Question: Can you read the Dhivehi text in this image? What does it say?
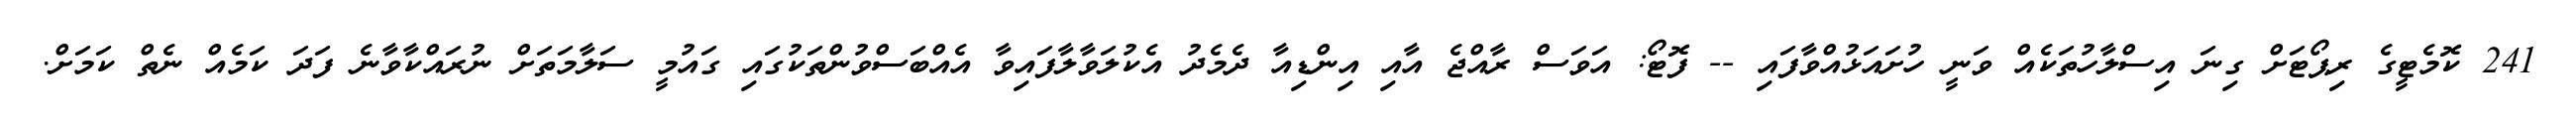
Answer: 241 ކޮމެޓީގެ ރިޕޯޓަށް ގިނަ އިސްލާހުތަކެއް ވަނީ ހުށައަޅުއްވާފައި -- ފޮޓޯ: އަވަސް ރާއްޖެ އާއި އިންޑިއާ ދެމެދު އެކުލަވާލާފައިވާ އެއްބަސްވުންތަކުގައި ގައުމީ ސަލާމަތަށް ނުރައްކާވާނެ ފަދަ ކަމެއް ނެތް ކަމަށް.